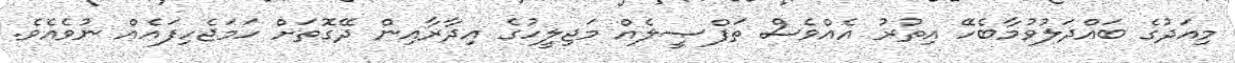
މިއަދުގެ ބައްދަލުވުމާބެހޭ އިތުރު އެއްވެސް ތަފްޞީލެއް މަޖިލީހުގެ އިދާރާއިން ދޭގޮތަށް ހަމަޖެހިފައެއް ނުވެއެވެ.